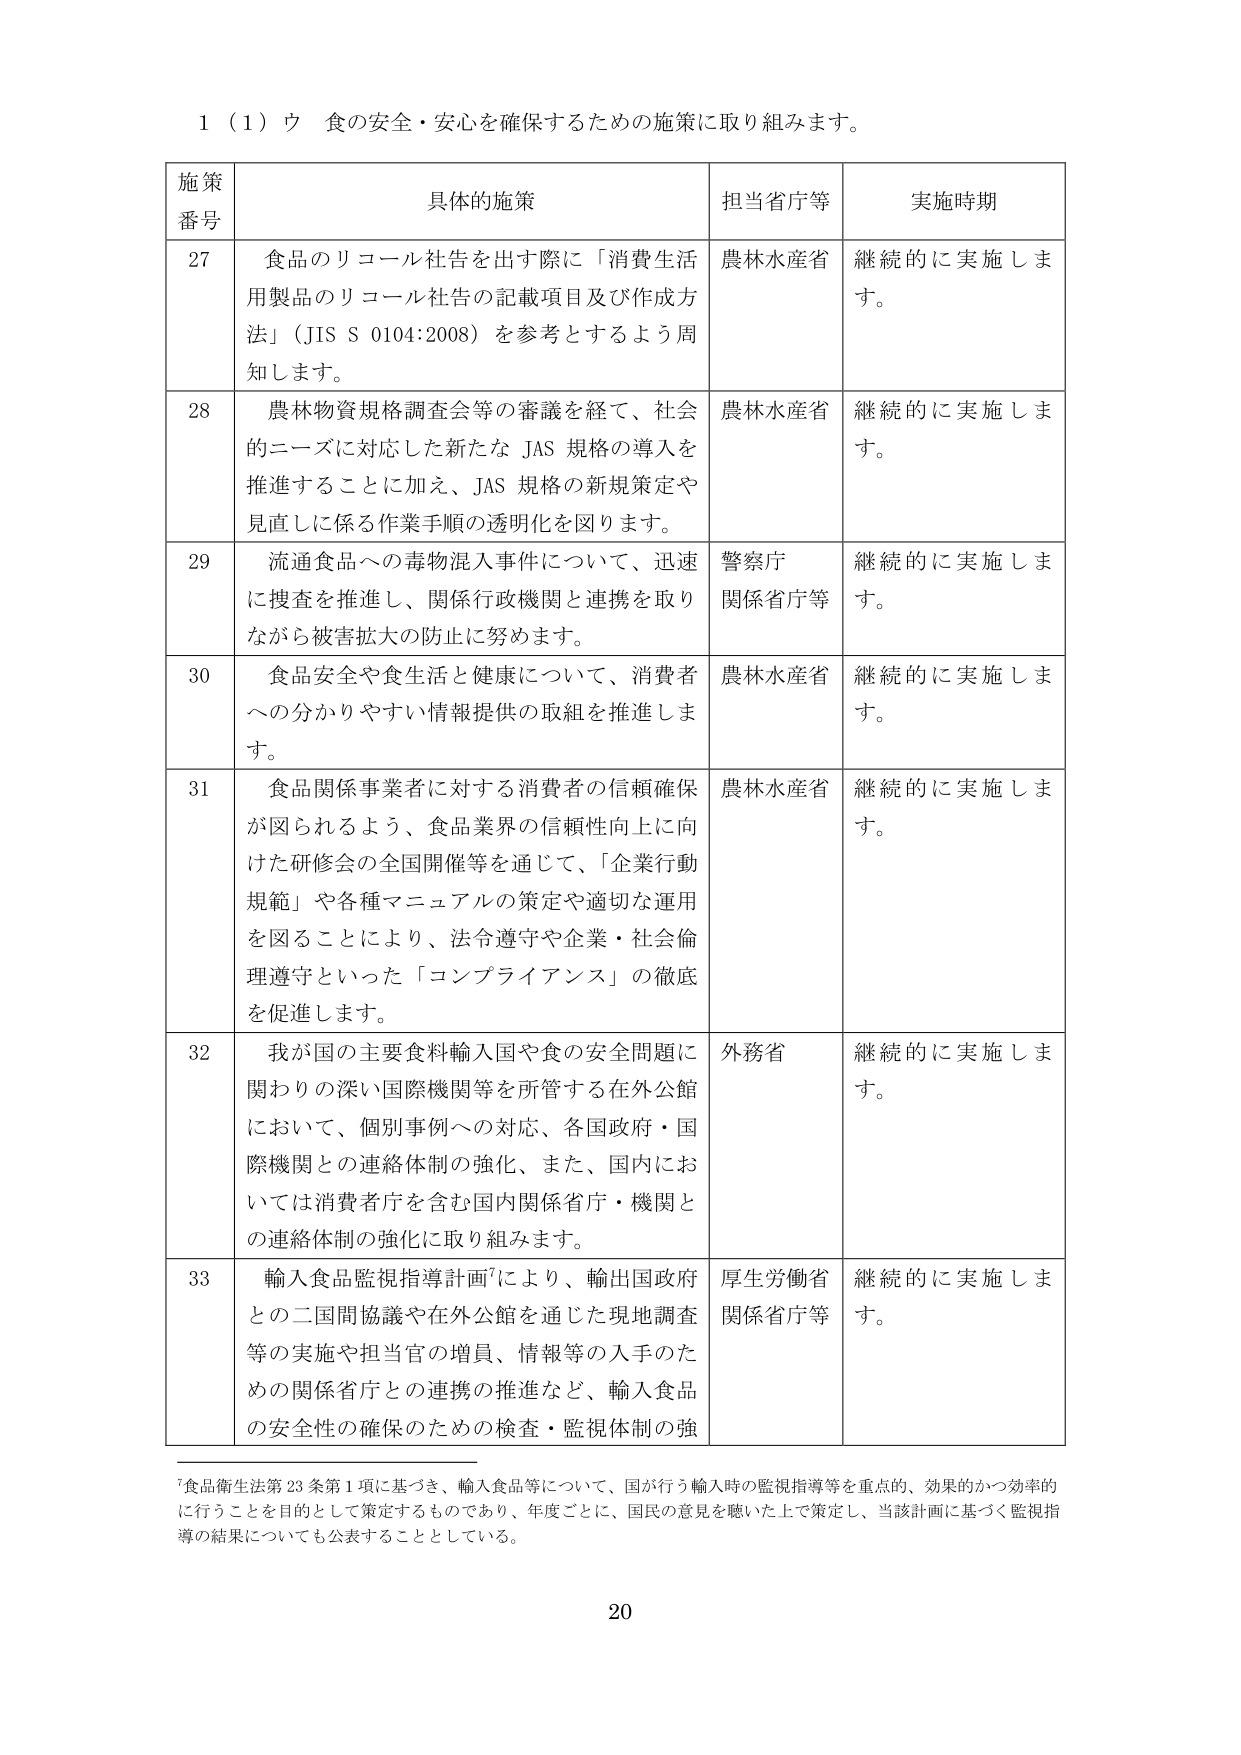
1（1）ウ 食の安全・安心を確保するための施策に取り組みます。

施策番号 具体的施策 担当省庁等 実施時期

27 食品のリコール社告を出す際に「消費生活用製品のリコール社告の記載項目及び作成方法」（JIS S 0104:2008）を参考とするよう周知します。 農林水産省 継続的に実施します。

28 農林物資規格調査会等の審議を経て、社会的ニーズに対応した新たなJAS規格の導入を推進することに加え、JAS規格の新規策定や見直しに係る作業手順の透明化を図ります。 農林水産省 継続的に実施します。

29 流通食品への毒物混入事件について、迅速に捜査を推進し、関係行政機関と連携を取りながら被害拡大の防止に努めます。 警察庁 関係省庁等 継続的に実施します。

30 食品安全や食生活と健康について、消費者への分かりやすい情報提供の取組を推進します。 農林水産省 継続的に実施します。

31 食品関係事業者に対する消費者の信頼確保が図られるよう、食品業界の信頼性向上に向けた研修会の全国開催等を通じて、「企業行動規範」や各種マニュアルの策定や適切な運用を図ることにより、法令遵守や企業・社会倫理遵守といった「コンプライアンス」の徹底を促進します。 農林水産省 継続的に実施します。

32 我が国の主要食料輸入国や食の安全問題に関わりの深い国際機関等を所管する在外公館において、個別事例への対応、各国政府・国際機関との連絡体制の強化、また、国内においては消費者庁を含む国内関係省庁・機関との連絡体制の強化に取り組みます。 外務省 継続的に実施します。

33 輸入食品監視指導計画により、輸出国政府との二国間協議や在外公館を通じた現地調査等の実施や担当官の増員、情報等の入手のための関係省庁との連携の推進など、輸入食品の安全性の確保のための検査・監視体制の強 厚生労働省 関係省庁等 継続的に実施します。

⁷食品衛生法第23条第1項に基づき、輸入食品等について、国が行う輸入時の監視指導等を重点的、効果的かつ効率的に行うことを目的として策定するものであり、年度ごとに、国民の意見を聴いた上で策定し、当該計画に基づく監視指導の結果についても公表することとしている。

20